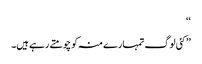
‘‘
’’کئی لوگ تمہارے منہ کو چومتے رہے ہیں۔